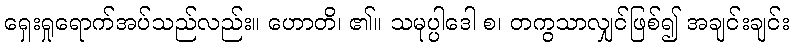
ရှေးရှုရောက်အပ်သည်လည်း။ ဟောတိ၊ ၏။ သမုပ္ပါဒေါ စ၊ တကွသာလျှင်ဖြစ်၍ အချင်းချင်း